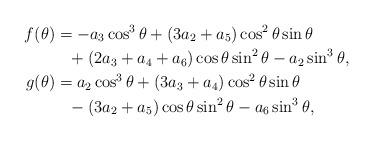
LaTeX: \begin{align*}f(\theta)&= -a_3 \cos^3\theta+(3a_2+a_5) \cos^2\theta\sin\theta\\& \phantom{=}+(2a_3+a_4+a_6)\cos\theta\sin^2\theta-a_2 \sin^3\theta,\\g(\theta) &= a_2 \cos^3\theta+(3a_3+a_4)\cos^2\theta\sin\theta\\&\phantom{=}-(3a_2+a_5)\cos\theta \sin^2\theta - a_6\sin^3\theta, \end{align*}